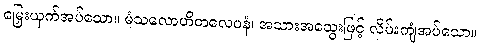
မြှေးယှက်အပ်သော။ မံသလောဟိတလေပနံ၊ အသားအသွေးဖြင့် လိမ်းကျံအပ်သော။